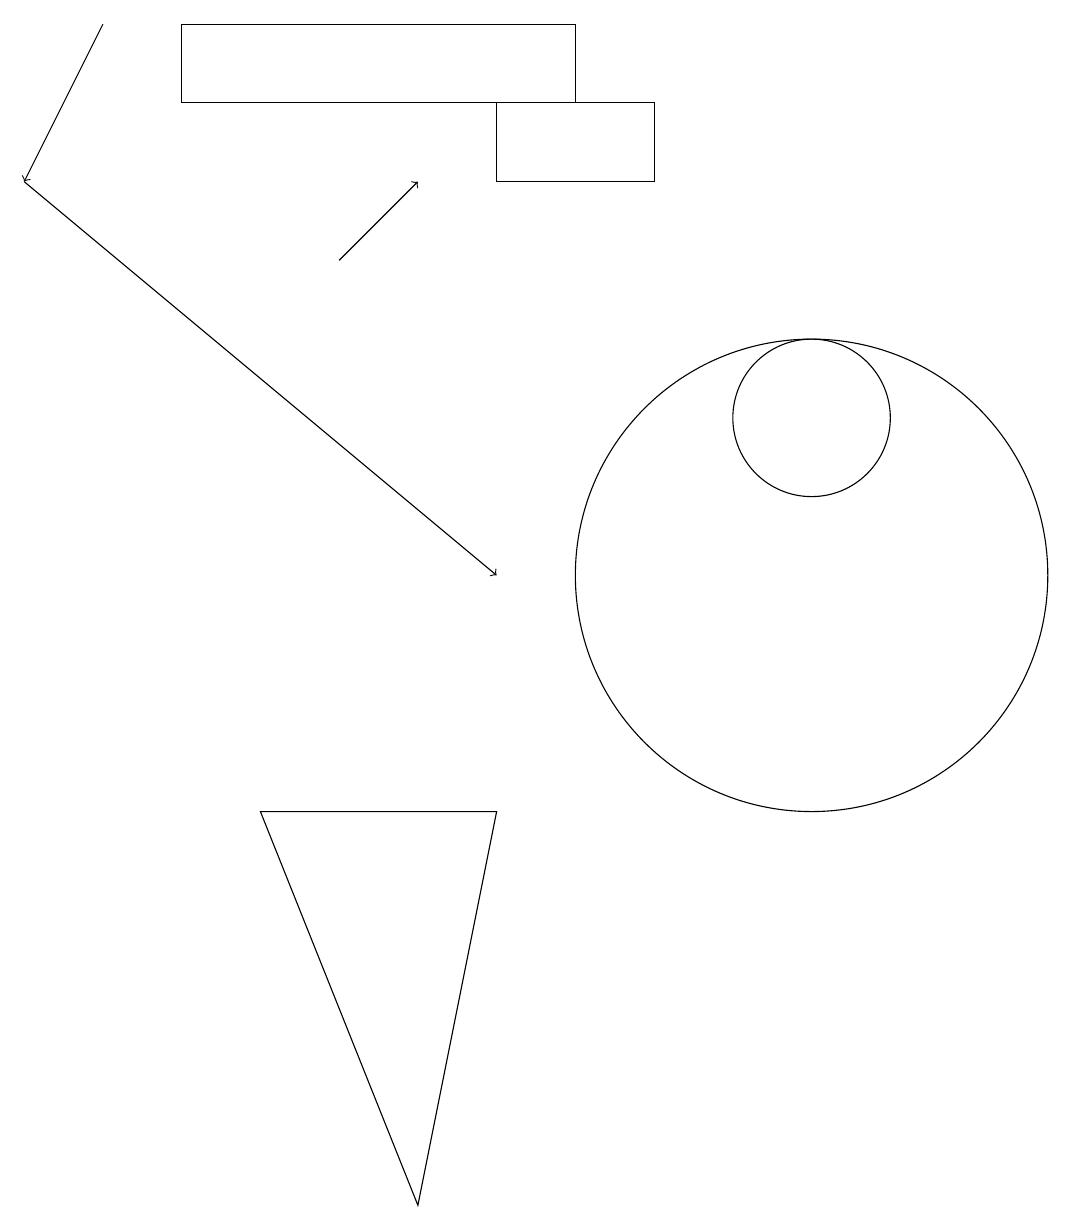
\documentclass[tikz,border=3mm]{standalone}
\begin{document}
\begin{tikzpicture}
\draw (6,15) rectangle (8,16);
\draw (5,2) -- (6,7) -- (3,7) -- cycle;
\draw[->] (4,14) -- (5,15);
\draw[->] (0,15) -- (6,10);
\draw (2,17) rectangle (7,16);
\draw[->] (1,17) -- (0,15);
\draw (10,12) circle (1);
\draw (10,10) circle (3);
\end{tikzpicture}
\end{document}